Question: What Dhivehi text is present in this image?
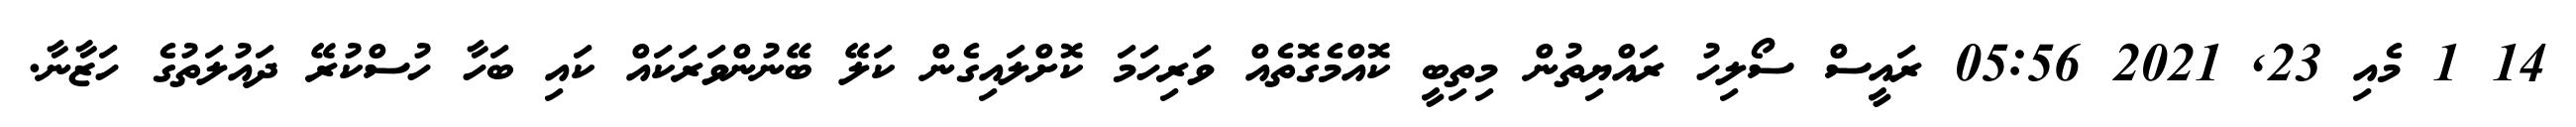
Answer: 14 1 މެއި 23, 2021 05:56 ރައީސް ސޯލިހު ރައްޔިތުން މިތިބީ ކޮއްމެގޮތެއް ވަރިހަމަ ކޮށްލައިގެން ކަލޭ ބޭނުންވަރަކައް ކައި ބަހާ ހުސްކުރޭ ދައުލަތުގެ ހަޒާނާ.